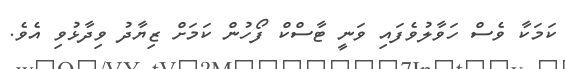
ކަމަކާ ވެސް ހަވާލުވެފައި ވަނީ ޓާސްކް ފޯހުން ކަމަށް ޒިޔާދު ވިދާޅުވި އެވެ.